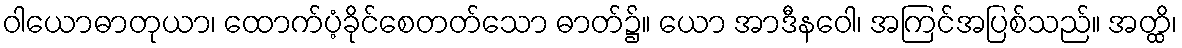
ဝါယောဓာတုယာ၊ ထောက်ပံ့ခိုင်စေတတ်သော ဓာတ်၌။ ယော အာဒီနဝေါ၊ အကြင်အပြစ်သည်။ အတ္ထိ၊